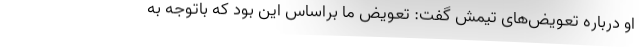
او درباره تعویض‌های تیمش گفت: تعویض ما براساس این بود که باتوجه به